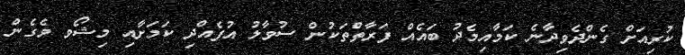
ކުރިއަށް ގެންދެވިދާނެ ކަމާއިމެދު ބައެއް ފަރާތްތަކުން ސުވާލު އުފެއްދި ކަމަށާއި މިޝޯވ ވެގެން